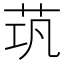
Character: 茿